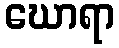
ဃောရာ